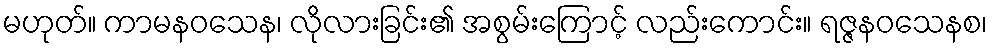
မဟုတ်။ ကာမနဝသေန၊ လိုလားခြင်း၏ အစွမ်းကြောင့် လည်းကောင်း။ ရဇ္ဇနဝသေနစ၊